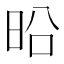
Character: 㫟